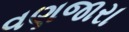
વણજારા